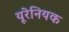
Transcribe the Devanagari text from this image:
यूरेनियक